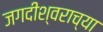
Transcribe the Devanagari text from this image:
जगदीश्‍वराच्या